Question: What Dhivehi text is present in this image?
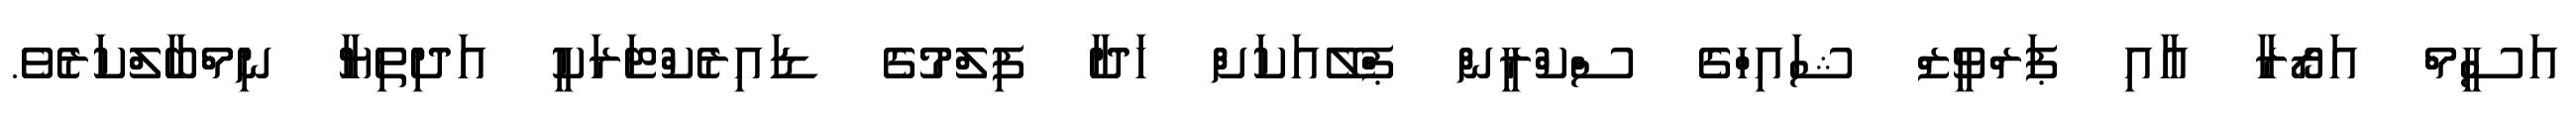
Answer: އަސީމް އަރޯރާ އާއި ޕަރްވީޒް ޝައިހްގެ ސްކްރީން ޕްލޭއަކަށް ހަދާ ފިލްމުގެ ޑައިރެކްޓަރަކީ އަދިތިޔާ ނިމްބާލްކަރެވެ.